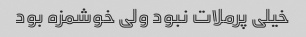
خیلی پرملات نبود ولی خوشمزه بود